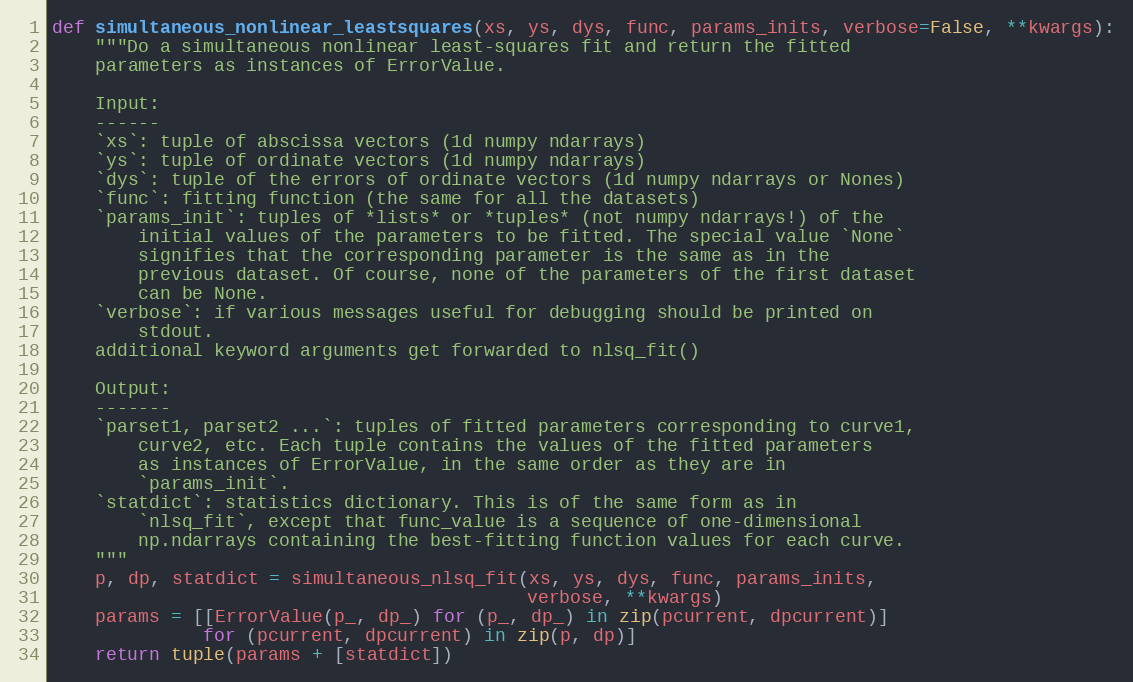
Language: Python
def simultaneous_nonlinear_leastsquares(xs, ys, dys, func, params_inits, verbose=False, **kwargs):
    """Do a simultaneous nonlinear least-squares fit and return the fitted
    parameters as instances of ErrorValue.

    Input:
    ------
    `xs`: tuple of abscissa vectors (1d numpy ndarrays)
    `ys`: tuple of ordinate vectors (1d numpy ndarrays)
    `dys`: tuple of the errors of ordinate vectors (1d numpy ndarrays or Nones)
    `func`: fitting function (the same for all the datasets)
    `params_init`: tuples of *lists* or *tuples* (not numpy ndarrays!) of the
        initial values of the parameters to be fitted. The special value `None`
        signifies that the corresponding parameter is the same as in the
        previous dataset. Of course, none of the parameters of the first dataset
        can be None.
    `verbose`: if various messages useful for debugging should be printed on
        stdout.
    additional keyword arguments get forwarded to nlsq_fit()

    Output:
    -------
    `parset1, parset2 ...`: tuples of fitted parameters corresponding to curve1,
        curve2, etc. Each tuple contains the values of the fitted parameters
        as instances of ErrorValue, in the same order as they are in
        `params_init`.
    `statdict`: statistics dictionary. This is of the same form as in
        `nlsq_fit`, except that func_value is a sequence of one-dimensional
        np.ndarrays containing the best-fitting function values for each curve.
    """
    p, dp, statdict = simultaneous_nlsq_fit(xs, ys, dys, func, params_inits,
                                            verbose, **kwargs)
    params = [[ErrorValue(p_, dp_) for (p_, dp_) in zip(pcurrent, dpcurrent)]
              for (pcurrent, dpcurrent) in zip(p, dp)]
    return tuple(params + [statdict])